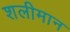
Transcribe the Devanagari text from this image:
शलीमान